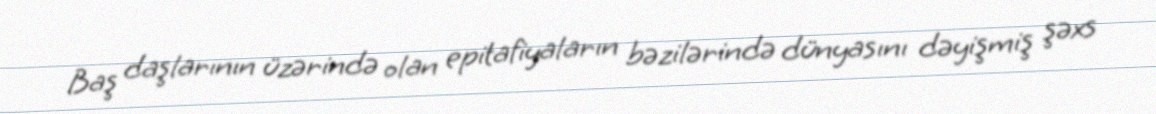
Baş daşlarının üzərində olan epitafiyaların bəzilərində dünyasını dəyişmiş şəxs